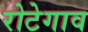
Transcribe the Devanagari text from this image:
रोटेगाव